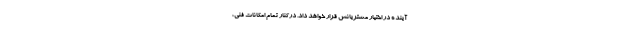
آینده در اختیار مشتریانش قرار خواهد داد. درکنار تمام امکانات فنی،